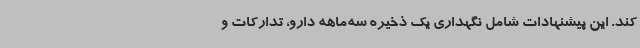
کند. این پیشنهادات شامل نگهداری یک ذخیره سه‌ماهه دارو، تدارکات و